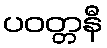
ပဝတ္တနီ